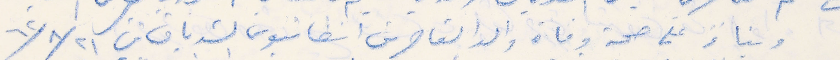
وبناءً على صحة وفاة والد القاصرين انطانيوس الشدياق في ٢١ / ٨ /٦٢